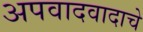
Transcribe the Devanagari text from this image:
अपवादवादाचे